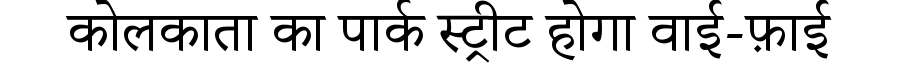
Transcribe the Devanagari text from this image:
कोलकाता का पार्क स्ट्रीट होगा वाई-फ़ाई